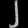
Digit: ၂